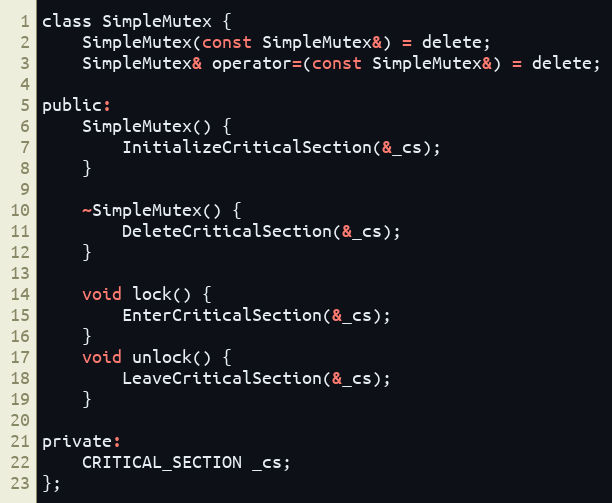
Language: C
class SimpleMutex {
    SimpleMutex(const SimpleMutex&) = delete;
    SimpleMutex& operator=(const SimpleMutex&) = delete;

public:
    SimpleMutex() {
        InitializeCriticalSection(&_cs);
    }

    ~SimpleMutex() {
        DeleteCriticalSection(&_cs);
    }

    void lock() {
        EnterCriticalSection(&_cs);
    }
    void unlock() {
        LeaveCriticalSection(&_cs);
    }

private:
    CRITICAL_SECTION _cs;
};